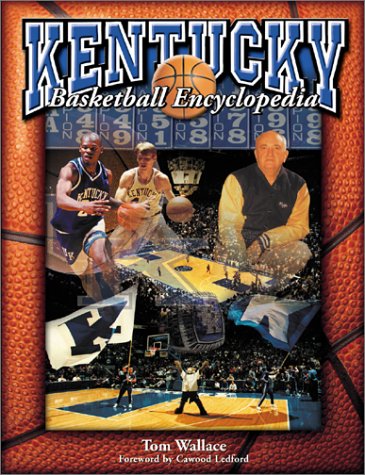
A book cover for Kentucky Basketball Encyclopedia; Tom Wallace; Sports & Outdoors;